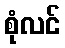
စုံလင်